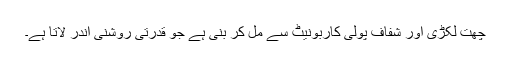
چھت لکڑی اور شفاف پولی کاربونیٹ سے مل کر بنی ہے جو قدرتی روشنی اندر لاتا ہے۔